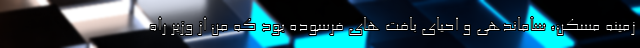
زمینه مسکن، ساماندهی و احیای بافت های فرسوده بود که من از وزیر راه